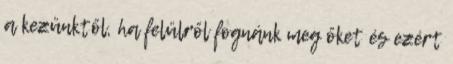
a kezünktől, ha felülről fognánk meg őket és ezért